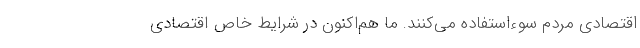
اقتصادی مردم سوءاستفاده می‌کنند. ما هم‌اکنون در شرایط خاص اقتصادی